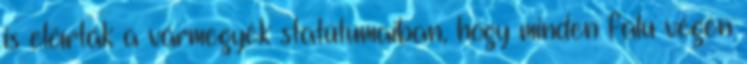
is előírták a vármegyék statútumaiban, hogy minden falu végén